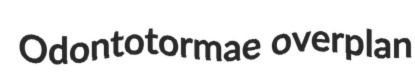
Odontotormae overplan